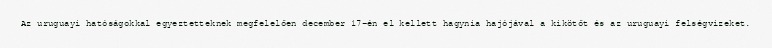
Az uruguayi hatóságokkal egyeztetteknek megfelelően december 17-én el kellett hagynia hajójával a kikötőt és az uruguayi felségvizeket.